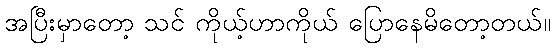
အပြီးမှာတော့ သင် ကိုယ့်ဟာကိုယ် ပြောနေမိတော့တယ်။